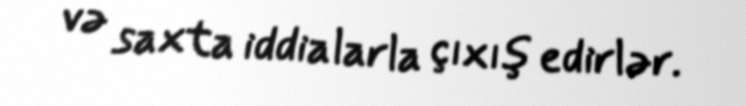
və saxta iddialarla çıxış edirlər.